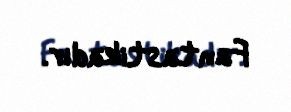
Fantastikadır.